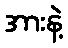
အားနဲ့